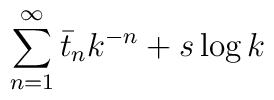
\sum_{n=1}^{\infty}\bar{t}_nk^{-n} + s \log k